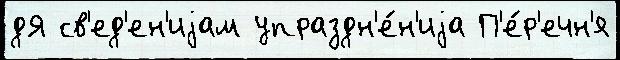
дЯ св'ед'ен'иjам упраздн'е́н'иjа П'е́р'ечн'я